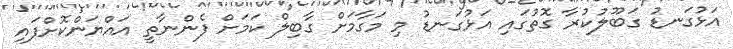
އަޅުގަނޑު ގަބޫލުކުރާ ގޮތުގައި އަޅުގަނޑު މި މަގާމަށް ގާބިލް ކަމަށް ފެންނާތީ އައްޔަންކޮށްފައި